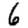
Digit: 6